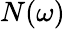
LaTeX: N(\omega)